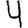
Digit: 4